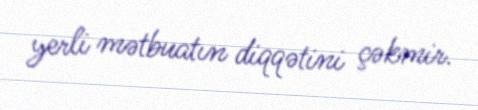
yerli mətbuatın diqqətini çəkmir.